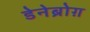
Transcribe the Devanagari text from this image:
डेनेब्रोग़